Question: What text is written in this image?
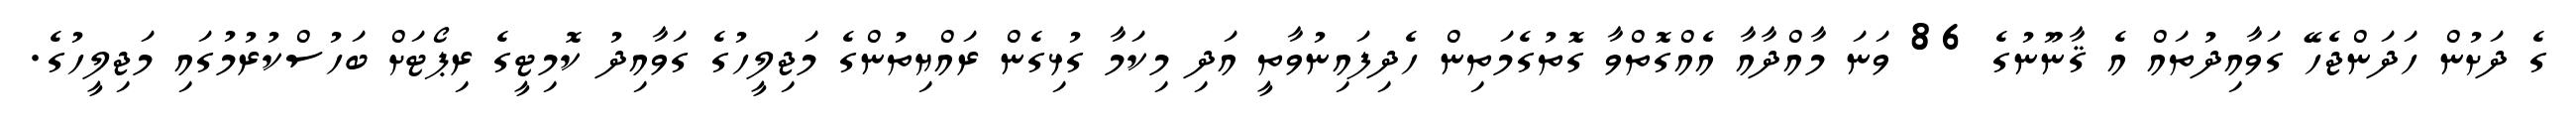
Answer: ގެ ދަށުން ހަދަންޖެހޭ ގަވާއިދުތައް އެ ޤާނޫނުގެ 86 ވަނަ މާއްދާއާ އެއްގޮތްވާ ގޮތުގެމަތިން ހެދިފައިނުވާތީ އަދި މިކަމާ ގުޅިގެން ރައްޔިތުންގެ މަޖިލީހުގެ ގަވާއިދު ކޮމިޓީގެ ރިޕޯޓަށް ބަހުސްކުރުމުގައި މަޖިލީހުގެ.